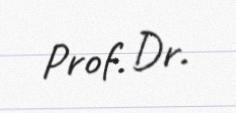
Prof. Dr.